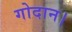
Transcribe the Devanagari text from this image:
गोदान।